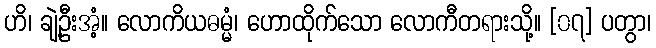
ဟိ၊ ချဲ့ဦးအံ့။ လောကိယဓမ္မံ၊ ဟောထိုက်သော လောကီတရားသို့။ [၀၇] ပတွာ၊